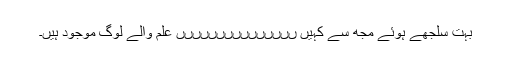
بہت سلجھے ہوئے مجھ سے کہیں ںںںںںںںںںںںںںںں علم والے لوگ موجود ہیں۔